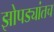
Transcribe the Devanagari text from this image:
झोपड्यांतच